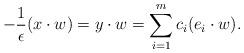
LaTeX: \begin{align*} -\frac{1}{\epsilon}(x\cdot w) = y\cdot w = \sum_{i=1}^m c_i(e_i\cdot w).\end{align*}